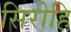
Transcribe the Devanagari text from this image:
सिरोहि